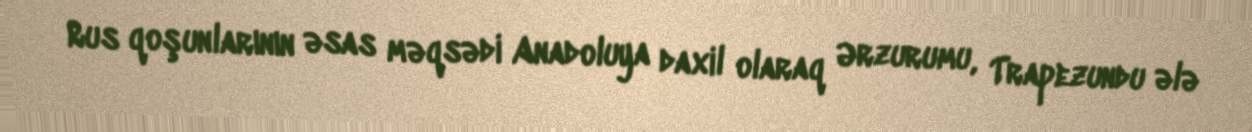
Rus qoşunlarının əsas məqsədi Anadoluya daxil olaraq Ərzurumu, Trapezundu ələ